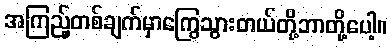
အကြည့်တစ်ချက်မှာကြွေသွားတယ်တို့ဘာတို့ပေါ့။